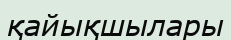
қайықшылары